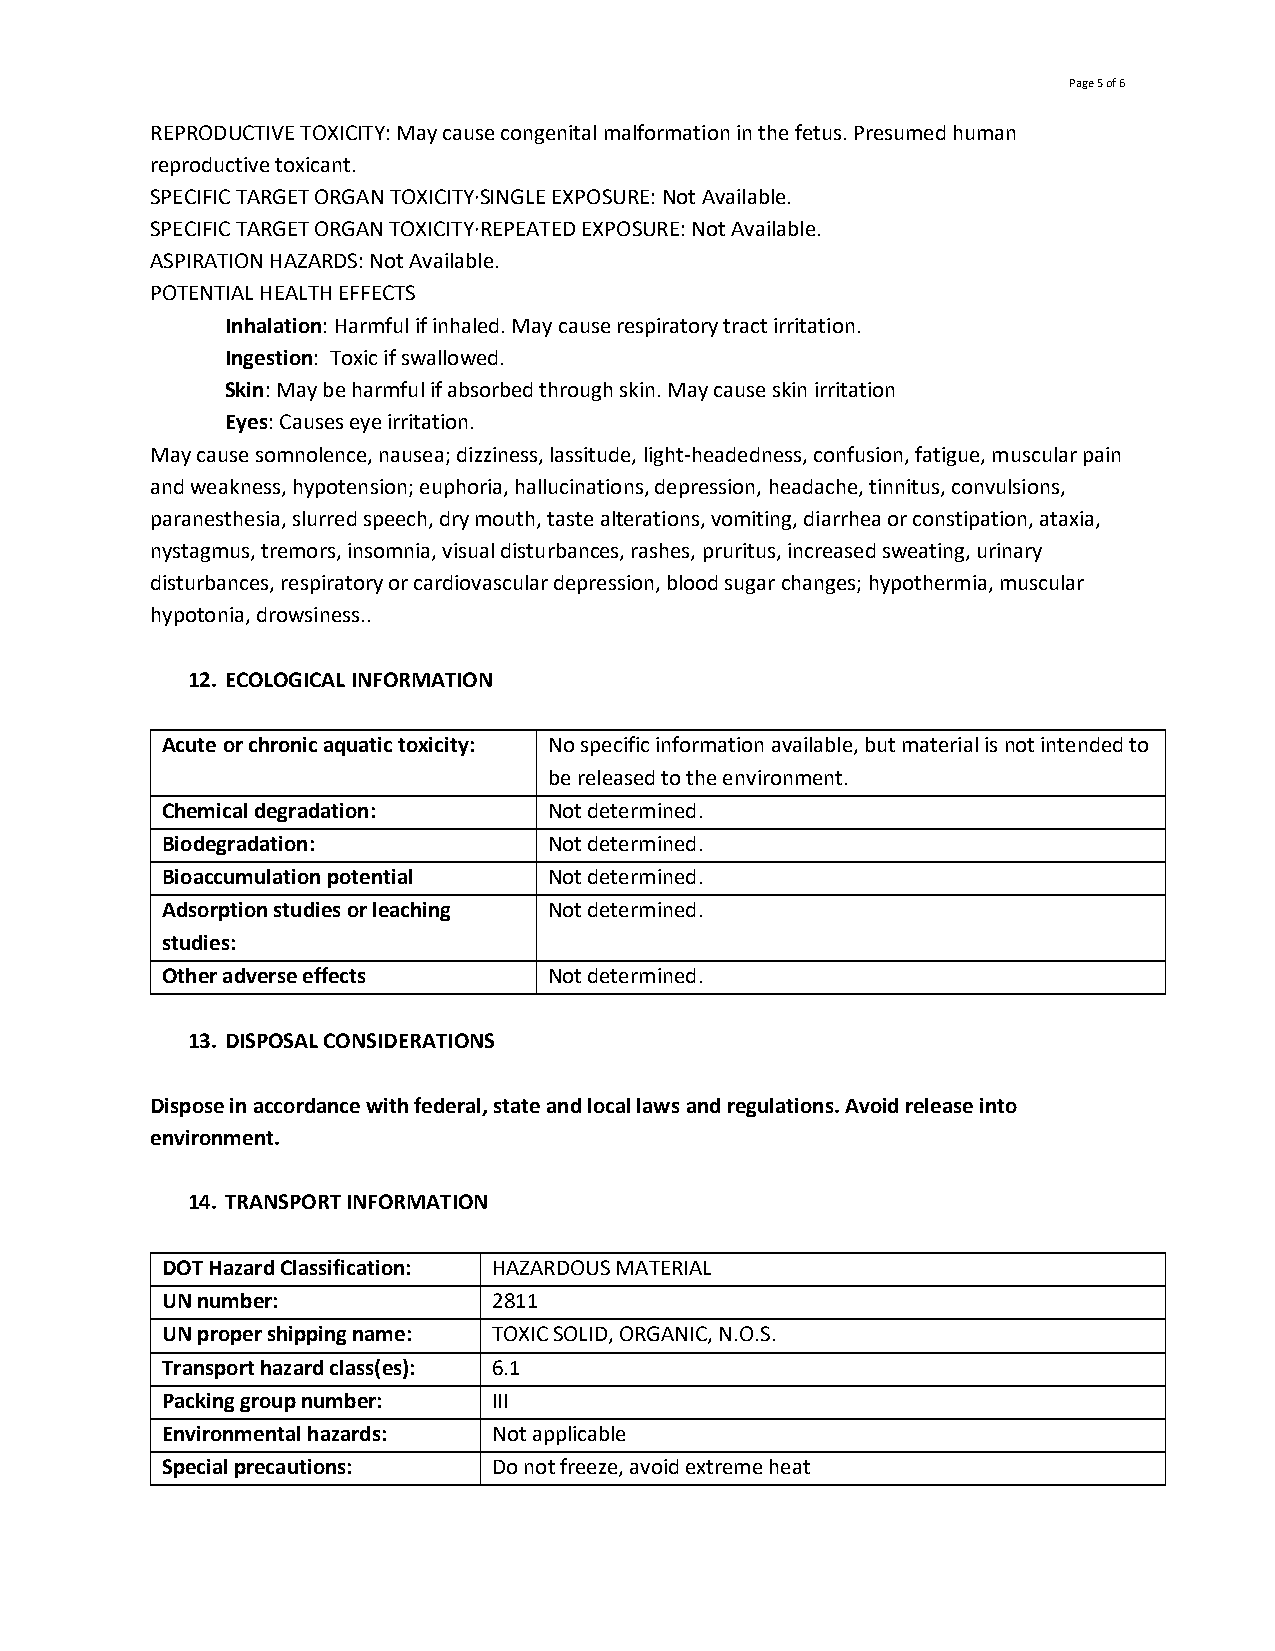
Page 5 of 6
 REPRODUCTIVE TOXICITY: May cause congenital malformation in the fetus. Presumed human
 reproductive toxicant.
 SPECIFIC TARGET ORGAN TOXICITY·SINGLE EXPOSURE: Not Available.
 SPECIFIC TARGET ORGAN TOXICITY·REPEATED EXPOSURE: Not Available.
 ASPIRATION HAZARDS: Not Available.
 POTENTIAL HEALTH EFFECTS
 Inhalation: Harmful if inhaled. May cause respiratory tract irritation.
 Ingestion: Toxic if swallowed.
 Skin: May be harmful if absorbed through skin. May cause skin irritation
 Eyes: Causes eye irritation.
 May cause somnolence, nausea; dizziness, lassitude, light-headedness, confusion, fatigue, muscular pain
 and weakness, hypotension; euphoria, hallucinations, depression, headache, tinnitus, convulsions,
 paranesthesia, slurred speech, dry mouth, taste alterations, vomiting, diarrhea or constipation, ataxia,
 nystagmus, tremors, insomnia, visual disturbances, rashes, pruritus, increased sweating, urinary
 disturbances, respiratory or cardiovascular depression, blood sugar changes; hypothermia, muscular
 hypotonia, drowsiness..
 12. ECOLOGICAL INFORMATION
 Acute or chronic aquatic toxicity: No specific information available, but material is not intended to
 be released to the environment.
 Chemical degradation:    Not determined.
 Biodegradation:          Not determined.
 Bioaccumulation potential Not determined.
 Adsorption studies or leaching Not determined.
 studies:
 Other adverse effects    Not determined.
 13. DISPOSAL CONSIDERATIONS
 Dispose in accordance with federal, state and local laws and regulations. Avoid release into
 environment.
 14. TRANSPORT INFORMATION
 DOT Hazard Classification: HAZARDOUS MATERIAL
 UN number:            2811
 UN proper shipping name: TOXIC SOLID, ORGANIC, N.O.S.
 Transport hazard class(es): 6.1
 Packing group number: III
 Environmental hazards: Not applicable
 Special precautions:  Do not freeze, avoid extreme heat